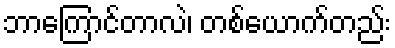
ဘာကြောင်တာလဲ၊ တစ်ယောက်တည်း